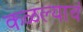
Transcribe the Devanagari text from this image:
कळल्याचं